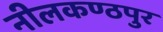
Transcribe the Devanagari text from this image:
नीलकण्ठपुर